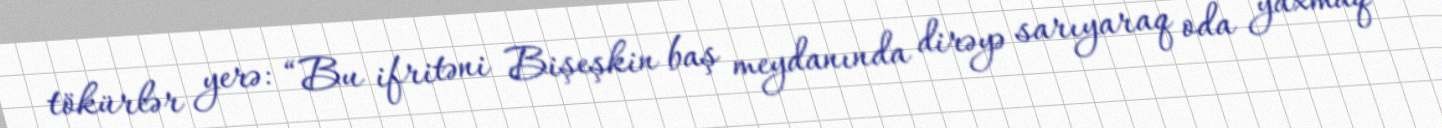
tökürlər yerə: “Bu ifritəni Bişeşkin baş meydanında dirəyə sarıyaraq oda yaxmaq